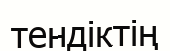
тендіктің